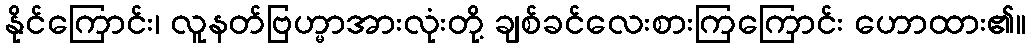
နိုင်ကြောင်း၊ လူနတ်ဗြဟ္မာအားလုံးတို့ ချစ်ခင်လေးစားကြကြောင်း ဟောထား၏။